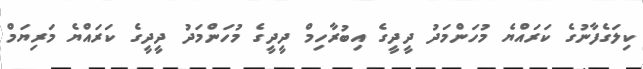
ކިލަގެފާނުގެ ކަރައްޔެ މުހަންމަދު ދީދީގެ އިބުރާހިމް ދީދީގެ މުހަންމަދު ދީދީގެ ކަރައްޔެ މަރިޔަމް